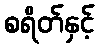
စရိတ်နှင့်